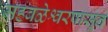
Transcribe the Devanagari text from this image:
महबळेश्वरपासून